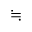
\fallingdotseq